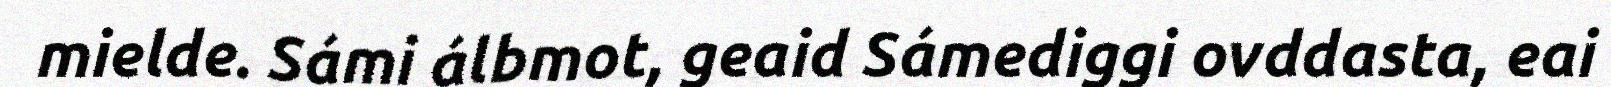
mielde. Sámi álbmot, geaid Sámediggi ovddasta, eai